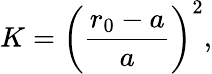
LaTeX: K=\left(\frac{r_{0}-a}{a}\right)^{2},